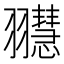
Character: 䎚